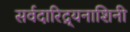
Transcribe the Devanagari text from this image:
सर्वदारिद्र्यनाशिनी